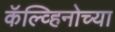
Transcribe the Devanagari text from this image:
कॅल्व्हिनोच्या